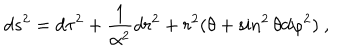
LaTeX: d s ^ { 2 } = d \tau ^ { 2 } + \frac { 1 } { \alpha ^ { 2 } } d r ^ { 2 } + r ^ { 2 } ( \theta + \sin ^ { 2 } \theta d \varphi ^ { 2 } ) \ ,